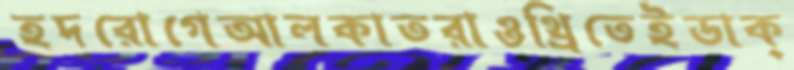
হদরোগেআলকাতরাওথ্রিতেইডাক্